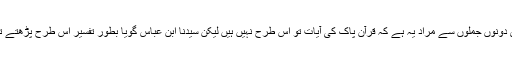
(آخری دونوں جملوں سے مراد یہ ہے کہ قرآن پاک کی آیات تو اس طرح نہیں ہیں لیکن سیدنا ابن عباسؓ گویا بطور تفسیر اس طرح پڑھتے تھے )۔